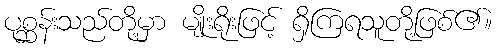
ပုစ္ဆန်းသည်တို့မှာ မျိုးရိုးဖြင့် ရှိကြရသူတို့ဖြစ်၏။